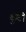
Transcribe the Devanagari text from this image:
कुंटी